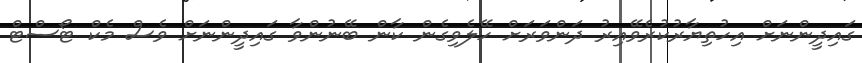
ގައިދީންނަށް އިހުތިޔާރުކުރެވޭއިރު ދަންވަރަށް ހޭލެވިގެން ކާން ބޭނުންވާ ގައިދީންނަށް ވެސް މެކް ޓޯސްޓް